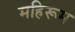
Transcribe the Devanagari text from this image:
महिरूम